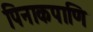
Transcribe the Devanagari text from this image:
पिनाकपाणि